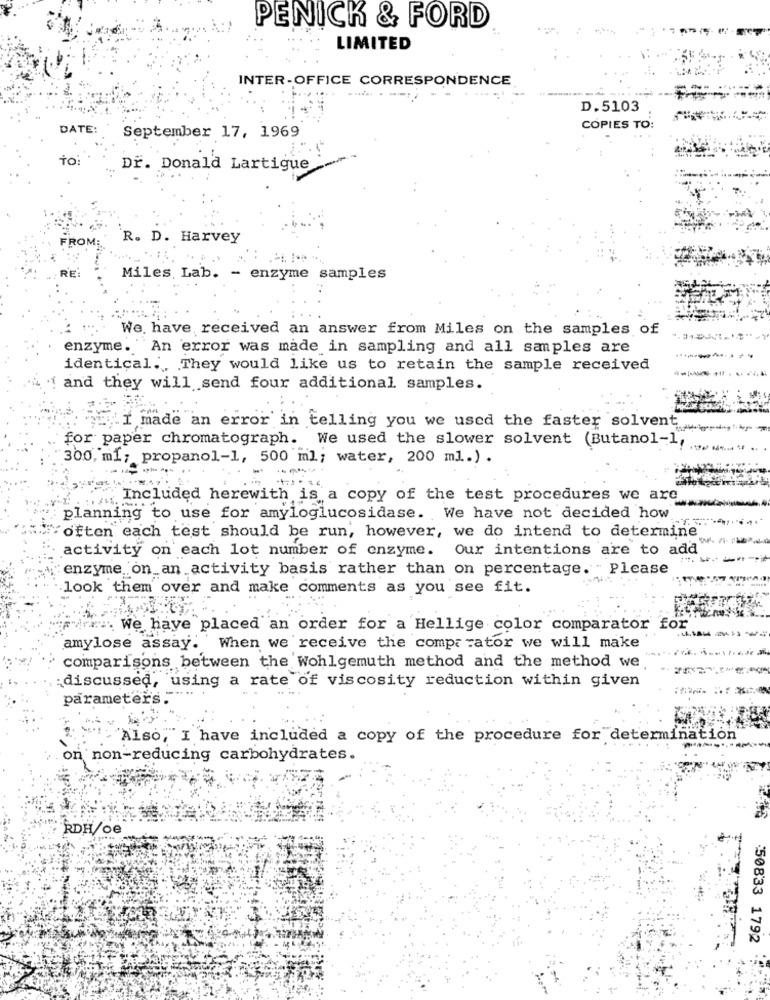
PENICK & FORD
LIMITED
INTER-OFFICE CORRESPONDENCE
D.5103
DATE:
COPIES TO:
September 17, 1969
to:
Dr. Donald Lartigue
FROM:
R. D. Harvey
Miles, Lab. - enzyme samples
We. have received an answer from Miles on the samples of
enzyme. An error was made in sampling and all samples are
...-----
identical.They would like us to retain the sample received
'i and they will send four additional samples.
I made an error in telling you we used the faster solvent
for paper chromatograph. We used the slower solvent (Butanol-1,
300, ml; propanol-1, 500 ml; water, 200 ml.) .
Included herewith is a copy of the test procedures we are
planning to use for amyloglucosidase. We have not decided how
often each test should be run, however, we do intend to determine
activity on each lot number of enzyme. Our intentions are to add
enzyme on an activity basis rather than on percentage. Please
look them over and make comments as you see fit.
Fire". We have placed an order for a Hellige color comparator for
----
amylose assay. When we receive the compr rator we will make
comparisons between the Wohlgemuth method and the method we"
:discussed, using a rate of viscosity reduction within given
parameters .
'Also, I have included a copy of the procedure for determination
on non-reducing carbohydrates.
RDH/oe
50833 1792